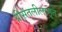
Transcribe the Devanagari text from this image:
श्रीसंतलीलामृत